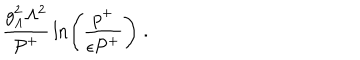
{ \frac { g _ { \Lambda } ^ { 2 } \Lambda ^ { 2 } } { { \cal P } ^ { + } } } \ln \Biggl ( { \frac { p ^ { + } } { \epsilon { \cal P } ^ { + } } } \Biggr ) \; .